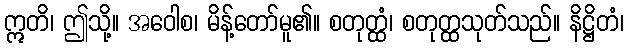
ဣတိ၊ ဤသို့။ အဝေါစ၊ မိန့်တော်မူ၏။ စတုတ္ထံ၊ စတုတ္ထသုတ်သည်။ နိဋ္ဌိတံ၊